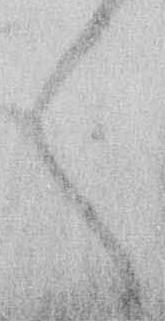
く